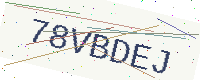
Text: 78VBDEJ